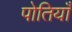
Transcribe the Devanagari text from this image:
पोतियाँ